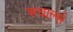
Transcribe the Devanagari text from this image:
अचार्ल्स